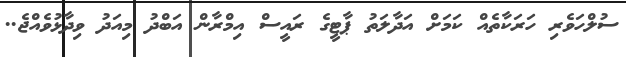
ސުލްހަވެރި ހަރަކާތެއް ކަމަށް އަދާލަތު ޕާޓީގެ ރައީސް އިމްރާން އަބްދު މިއަދު ވިދާޅުވެއްޖެ..